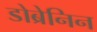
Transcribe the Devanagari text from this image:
डोब्रेनिन